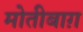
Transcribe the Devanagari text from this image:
मोतीबाग़